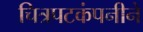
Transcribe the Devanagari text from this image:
चित्रपटकंपनीने